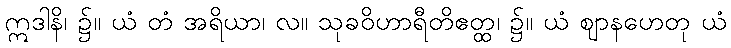
ဣဒါနိ၊ ၌။ ယံ တံ အရိယာ၊ လ။ သုခဝိဟာရီတိဧတ္ထ၊ ၌။ ယံ ဈာနဟေတု ယံ